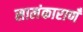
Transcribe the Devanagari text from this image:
सालंकाराणँ